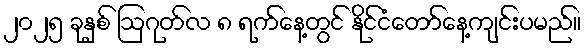
၂၀၂၅ ခုနှစ် ဩဂုတ်လ ၈ ရက်နေ့တွင် နိုင်ငံတော်နေ့ကျင်းပမည်။